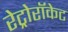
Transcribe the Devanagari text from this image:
रेट्रोरॉकेट